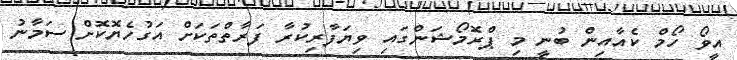
އީވޯ ހޯމް ކެއާއިން ބުނީ މި ޕްރޮމޯޝަންގައި ވިޔަފާރިކުރާ ފަރާތްތަކަށް އަގުހެޔޮކޮށް ސަމާނު